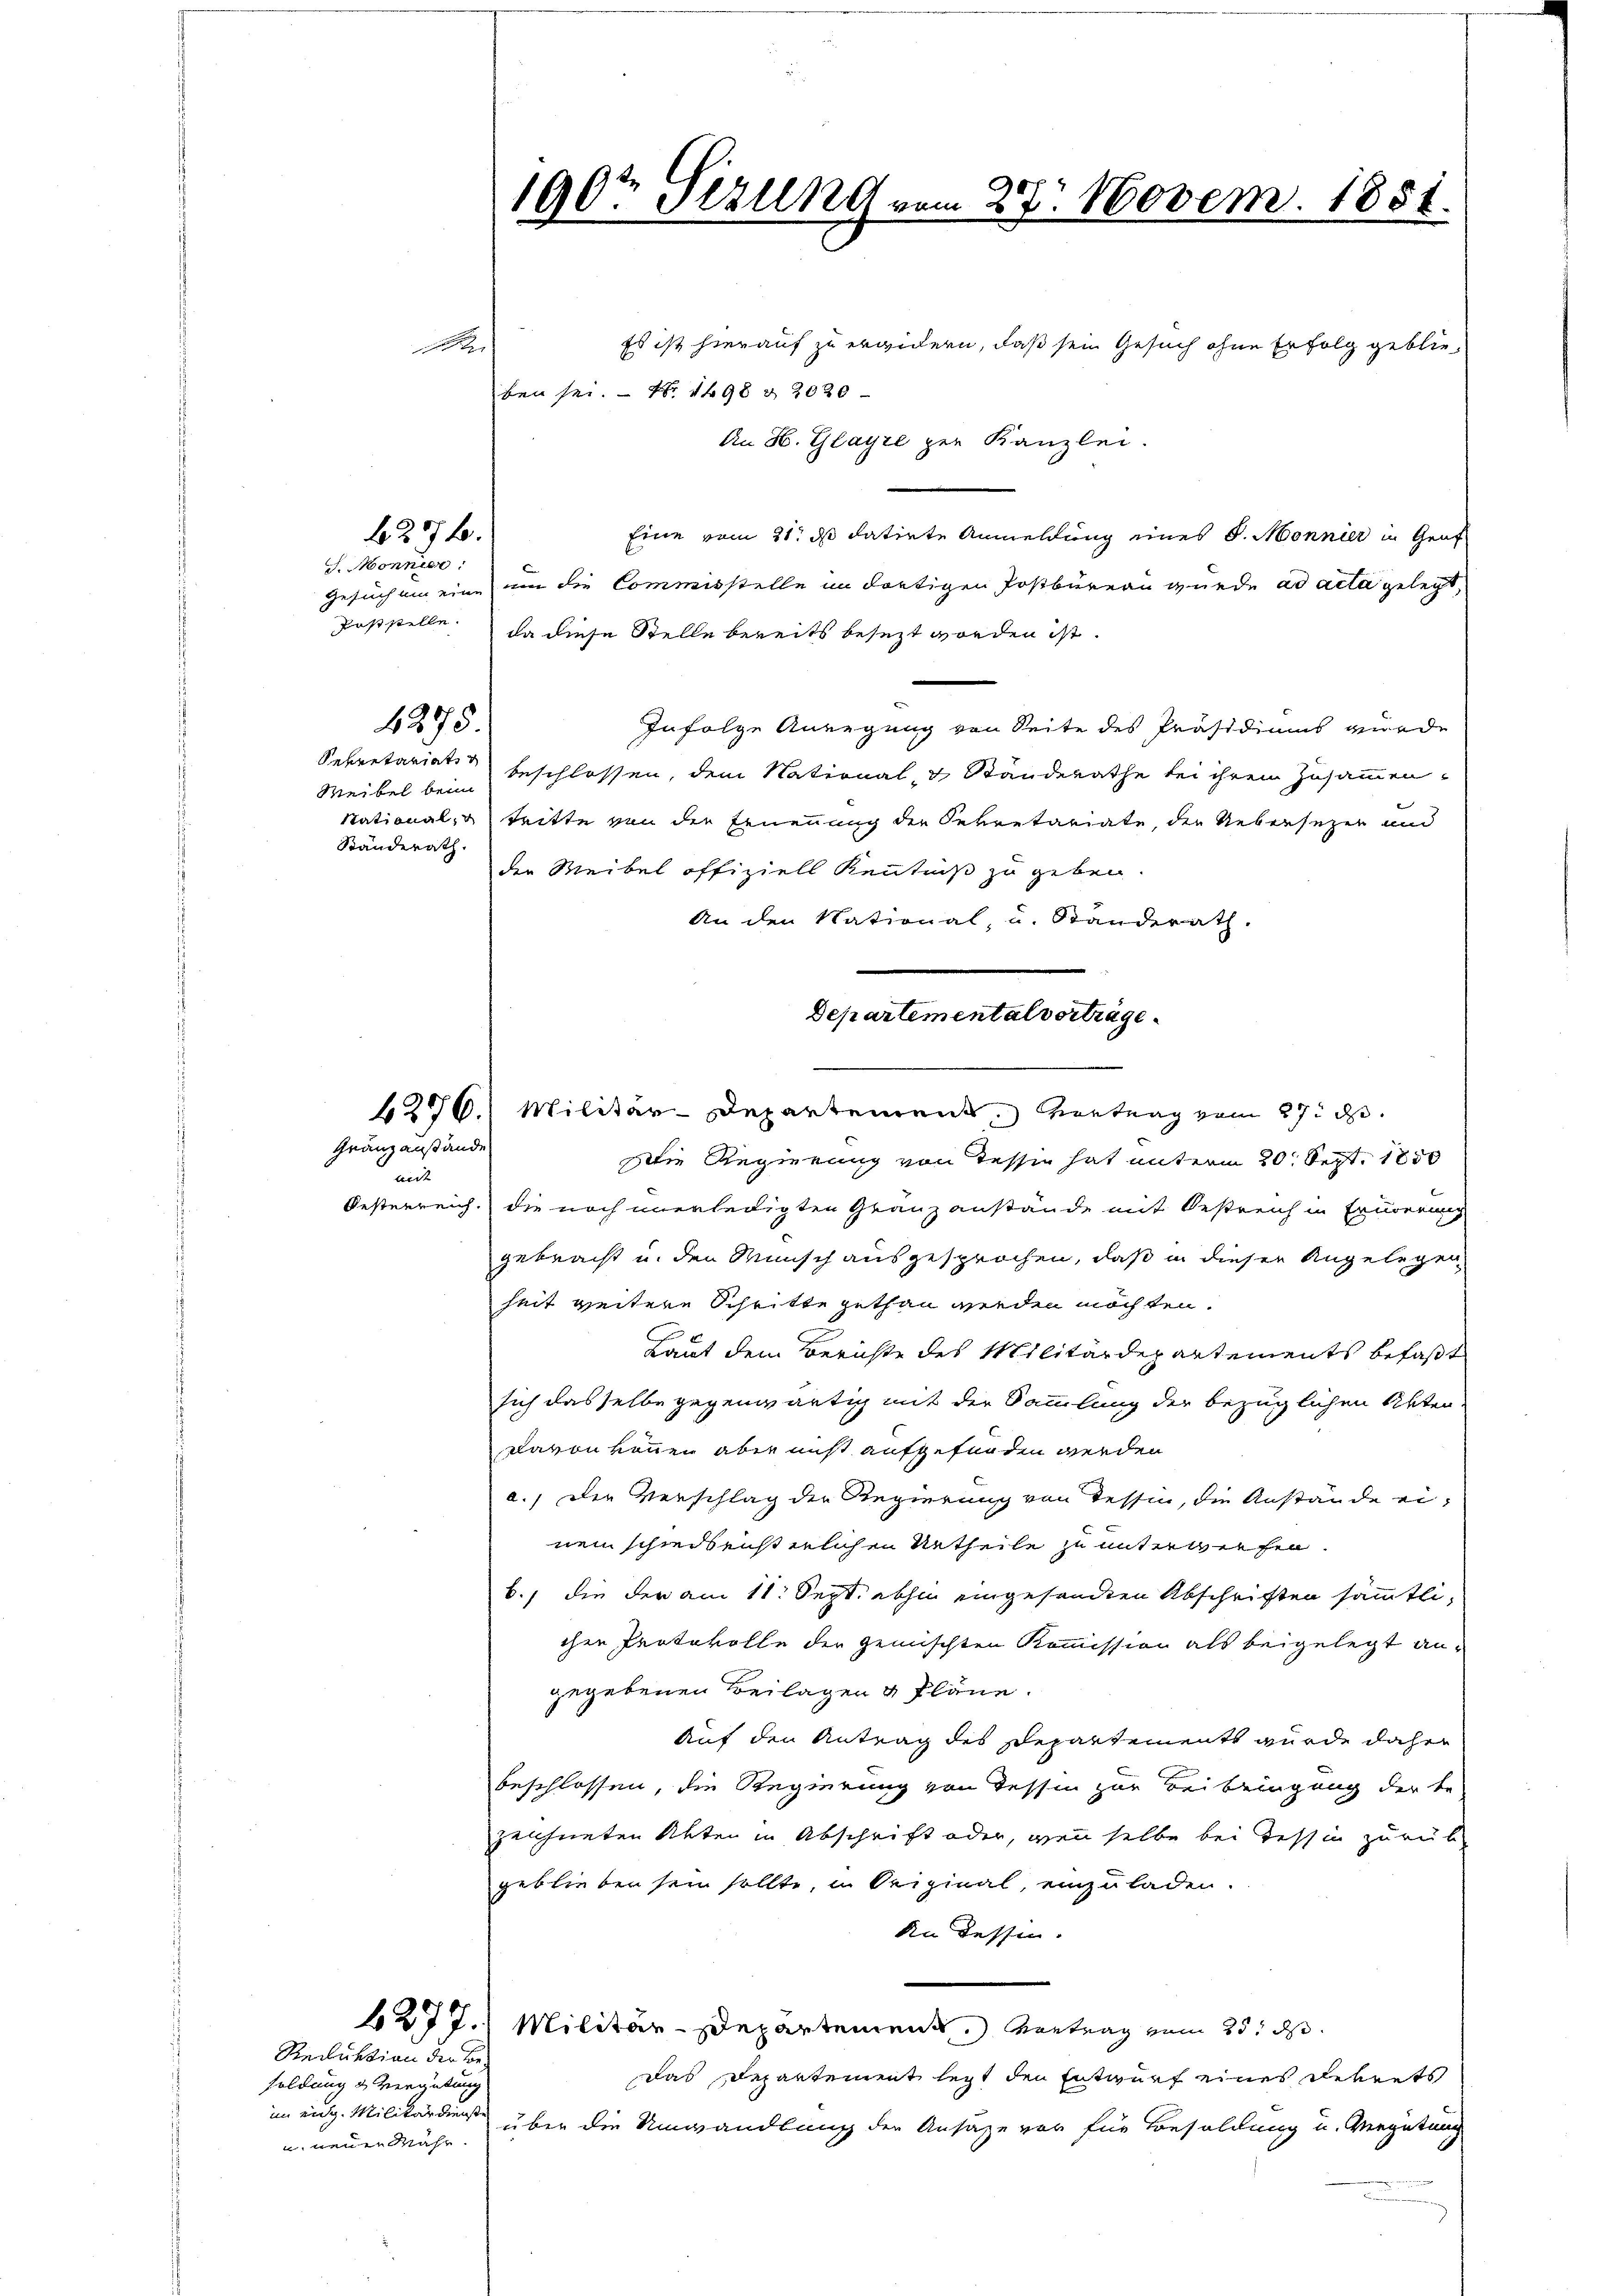
Es ist hierauf zu erwidern, daß sein Gesuch ohne Erfolg geblie-

ben sei. No. 1498 & 2020
An H. Glayre per Kanzlei.
Eine vom 21. ds datirte Anmeldung eines d. Monnier in Graf
Gesuchung eine um die Commisstelle im dortigen Postbüreau wurde ad acta gelegt,
Poststelle.
da diese Stelle bereits besezt worden ist.
Infolge Anregung von Seite des Präsidiums wurde
Sekretariat
beschlossen, dem National- & Standerathe bei ihren Zusammen-
Weibel beim
National- u Tritte von der Ernennung der Sekretariate, der Uebersetzen und
Ständerath.
der Weibel offiziell Kenntniß zu geben.
An den National, u. Standerath.
6276. Militär-Departement, Vertrag vom 27. d.
Die Regierung von dessen hat unterm 20. Sept. 1850
Oesterreich, die noch unerledigten Granzanstände mit Oestreich in Eruderung
gebracht u. den Wunsch ausgesprochen, daß in dieser Angelegen
heit weitere Schritte gethan werden möchten.
Laut dem Berichte des Militärdepartements befaßt
sich dasselbe gegenwärtig mit der Sammlung der bezüglichen Akten
Davon können aber nicht aufgefunden werden
a.) Der Verschlag der Regierung von Tessin, die Anstände einen schiedsrichterlichen Urtheile zu unterwerfen.
b., die der am 11. Sept. abhin eingesandten Abschriften sämmtlichen Protokolle der gemischten Kommission als beigelegt angegebenen Beilagen & Pläne.
Auf den Antrag des Departements wurde daher
beschlossen, die Regierung von Tessin zur Beibringung der be-
zeichneten Akten in Abschrift oder, wenn selbe bei Tessin zurück
geblieben sein sollte, in Original, einzuladen.
An dessen.
627 J. Militär-Departement. Vortrag vom 25. d.
Reduktion der Bedas Departement legt den Entwurf eines Dekrets
soldung & Vergütung
im eidg. Militärdienste
über die Umwandlung der Ansätze vor für Besoldung u. Vergütung
u neuen Wahr

6276.
J. Monnien:

4275.

Gränzanstände
midt

100ten Millig vom 27. Novem. 1881.
u

Departemental vorträge.